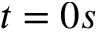
t = 0 s